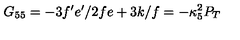
G _ { 5 5 } = - 3 f ^ { \prime } e ^ { \prime } / 2 f e + 3 k / f = - \kappa _ { 5 } ^ { 2 } P _ { T }